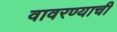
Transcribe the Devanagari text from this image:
वावरण्याची